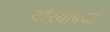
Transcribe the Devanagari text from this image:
दरियाबजी